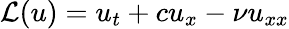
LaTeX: \mathcal{L}(u)=u_{t}+cu_{x}-\nu u_{xx}